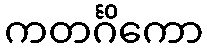
ကတင်္ဂိကော